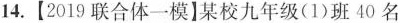
14.【2019联合体一模】某校九年级(1)班40名